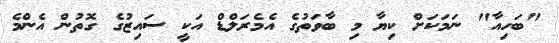
"ބަހިއާ" ނަމަކަށް ކިޔާ މި ބާވަތުގެ އެމެރަލްޑް އަކީ ސައިޒުގެ ގޮތުން އެންމެ